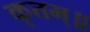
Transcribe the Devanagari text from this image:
कृतम्॥